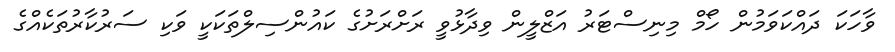
ވާހަކަ ދައްކަވަމުން ހޯމް މިނިސްޓަރު އަޒްލީން ވިދާޅުވީ ރަށްރަށުގެ ކައުންސިލްތަކަކީ ވަކި ސަރުކާރުތަކެއްގެ